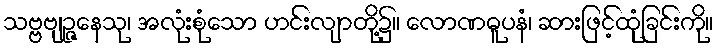
သဗ္ဗဗျဉ္ဇနေသု၊ အလုံးစုံသော ဟင်းလျာတို့၌။ လောဏဓူပနံ၊ ဆားဖြင့်ထုံခြင်းကို။